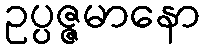
ဥပ္ပဇ္ဇမာနော